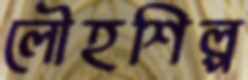
লৌহশিল্প